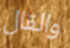
والقال